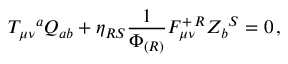
T _ { \mu \nu } { } ^ { a } Q _ { a b } + \eta _ { R S } { \frac { 1 } { \Phi _ { ( R ) } } } F _ { \mu \nu } ^ { + \, R } Z _ { b } { } ^ { S } = 0 \, ,